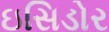
ઇસિડોર